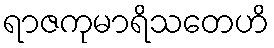
ရာဇကုမာရိသတေဟိ